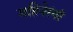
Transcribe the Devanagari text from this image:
महिनेरंगी